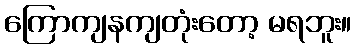
ကြောကျနကျတုံးတော့ မရဘူး။